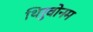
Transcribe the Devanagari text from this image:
थिरुवोनम